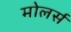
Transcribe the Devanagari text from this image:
मोलर्स